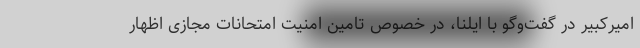
امیرکبیر در گفت‌وگو با ایلنا، در خصوص تامین امنیت امتحانات مجازی اظهار